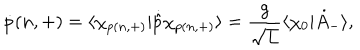
\dot { p } ( n , + ) = \langle \chi _ { p ( n , + ) } | \dot { \hat { p } } \chi _ { p ( n , + ) } \rangle = \frac { g } { \sqrt L } \langle \chi _ { 0 } | \dot { A } _ { - } \rangle ,